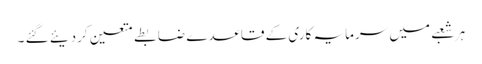
ہر شعبے میں سرمایہ کاری کے قاعدے ضابطے متعین کردیئے گئے ۔